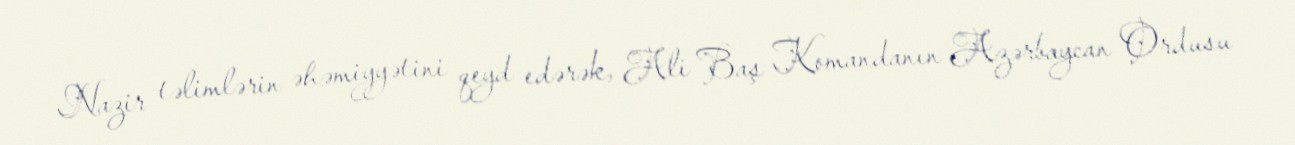
Nazir təlimlərin əhəmiyyətini qeyd edərək, Ali Baş Komandanın Azərbaycan Ordusu